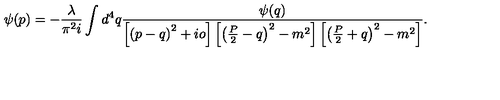
\psi ( p ) = - \frac { \lambda } { \pi ^ { 2 } i } \int d ^ { 4 } q \frac { \psi ( q ) } { \left[ \left( p - q \right) ^ { 2 } + i o \right] \left[ \left( \frac { P } { 2 } - q \right) ^ { 2 } - m ^ { 2 } \right] \left[ \left( \frac { P } { 2 } + q \right) ^ { 2 } - m ^ { 2 } \right] } .